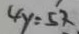
4 y = 5 2